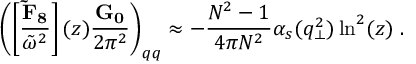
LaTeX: \left( \left[ \frac { \bf \tilde { F } _ { 8 } } { \tilde { \omega } ^ { 2 } } \right] ( z ) \frac { \bf G _ { 0 } } { 2 \pi ^ { 2 } } \right) _ { q q } \approx - \frac { N ^ { 2 } - 1 } { 4 \pi N ^ { 2 } } \alpha _ { s } ( q _ { \perp } ^ { 2 } ) \ln ^ { 2 } ( z ) \; .